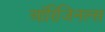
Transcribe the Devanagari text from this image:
ऑरिजिनल्स